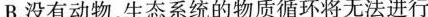
B.没有动物，生态系统的物质循环将无法进行